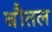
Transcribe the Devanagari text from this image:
बौतल